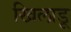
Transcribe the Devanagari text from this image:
खिलाडू